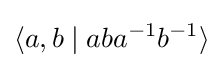
\langle a,b\mid aba^{-1}b^{-1}\rangle